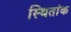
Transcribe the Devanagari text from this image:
स्थितांक